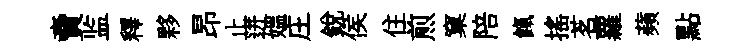
𧶠监釋夥昂止迸媪庄銳侯住煎窠陪餼揺茗蘿蘋點